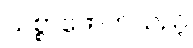
သစ္စာဖောက်သည့်